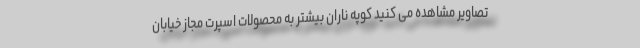
تصاویر مشاهده می کنید کوپه ناران بیشتر به محصولات اسپرت مجاز خیابان